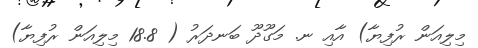
މިލިއަން ރުފިޔާ) އާއި ނ. މަގޫދޫ ބަނދަރު ( 18.8 މިލިއަން ރުފިޔާ)